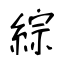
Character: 綜